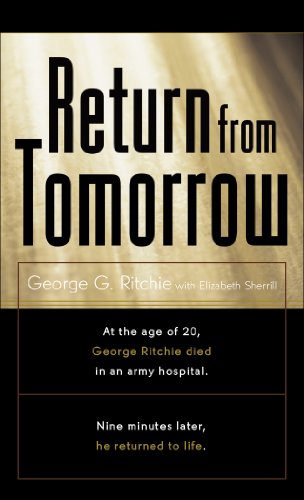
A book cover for Return from Tomorrow; George C. Ritchie; Self-Help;